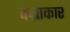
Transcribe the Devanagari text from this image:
वज्राकार